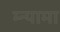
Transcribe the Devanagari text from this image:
म्न्यामा